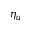
\eta _ { u }